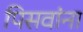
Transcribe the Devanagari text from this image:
पिसवांना